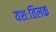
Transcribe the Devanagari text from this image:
यशःतिलक